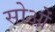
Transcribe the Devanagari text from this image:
सोओं